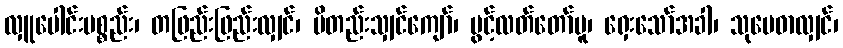
လှူပေါင်းပစ္စည်း၊ တဖြည်းဖြည်းလျှင်၊ မိတည်းသျှင်ကျော်၊ ပွင့်လတ်တော်မူ၊ ရှေးသော်အခါ၊ သုမေဓာလျှင်၊